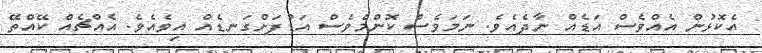
އެކޮޅުން އެއްވެސް އަޑެއް ނާދެއެވެ. ނަމަވެސް ކޮންމެވެސް އަޑުފަށްގަނޑެއް އިވެއެވެ. އެއްޗެއް ކޭއްތޭ